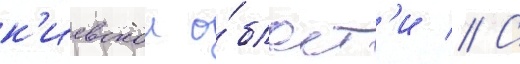
к'иевскои о́бласт'и // С